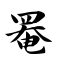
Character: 罨